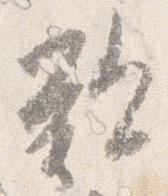
歎